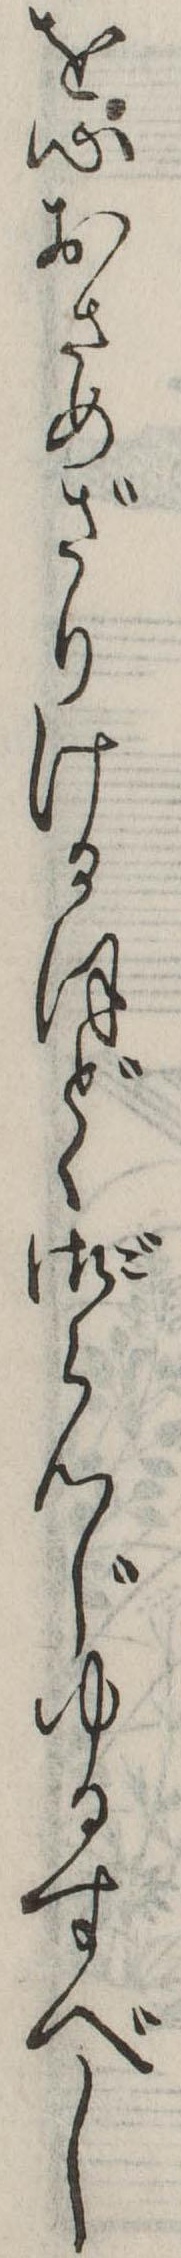
を心おさめざりけるほどゝ御らんじゆるすべし